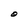
Character: O